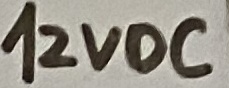
Text: 12VDC